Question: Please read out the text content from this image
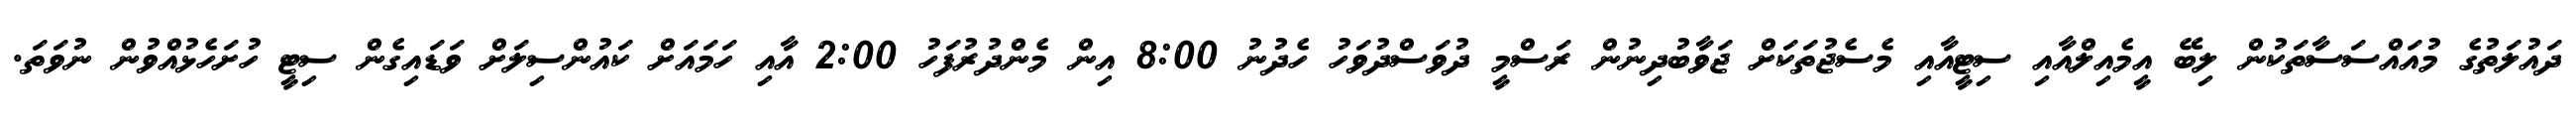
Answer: ދައުލަތުގެ މުއައްސަސާތަކުން ލިބޭ އީމެއިލްއާއި ސިޓީއާއި މެސެޖުތަކަށް ޖަވާބުދިނުން ރަސްމީ ދުވަސްދުވަހު ހެދުނު 8:00 އިން މެންދުރުފަހު 2:00 އާއި ހަމައަށް ކައުންސިލަށް ވަޑައިގެން ސިޓީ ހުށަހެޅުއްވުން ނުވަތަ.